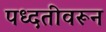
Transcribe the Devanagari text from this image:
पध्दतीवरून